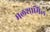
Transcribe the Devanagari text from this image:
मलशामिल